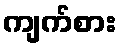
ကျက်စား